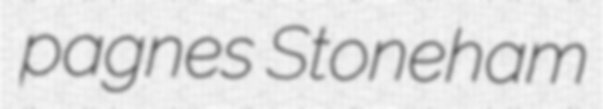
pagnes Stoneham